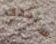
سأبحث